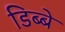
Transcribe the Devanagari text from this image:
डिब्बे